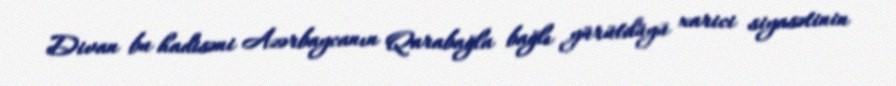
Divan bu hadisəni Azərbaycanın Qarabağla bağlı yürütdüyü xarici siyasətinin